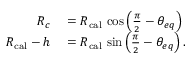
\begin{array} { r l } { R _ { c } } & { { } = R _ { \mathrm { c a l } } \, \cos \left( \frac { \pi } { 2 } - \theta _ { e q } \right) } \\ { R _ { \mathrm { c a l } } - h } & { { } = R _ { \mathrm { c a l } } \, \sin \left( \frac { \pi } { 2 } - \theta _ { e q } \right) . } \end{array}